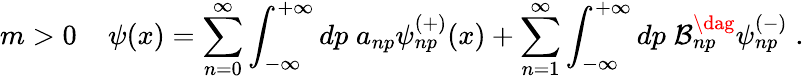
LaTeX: m>0\; \; \; \; \psi(x)=\sum_{n=0}^{\infty}\int_{-\infty}^{+\infty}dp\; a_{np}\psi_{np}^{(+)}(x)+\sum_{n=1}^{\infty}\int_{-\infty}^{+\infty}dp\; \mathcal{B}_{np}^{\dag}\psi_{np}^{(-)}\; .